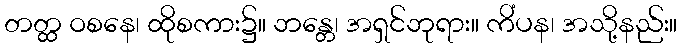
တတ္ထ ဝစနေ၊ ထိုစကား၌။ ဘန္တေ၊ အရှင်ဘုရား။ ကိံပန၊ အသို့နည်း။